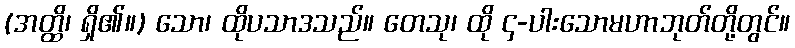
(အတ္ထိ၊ ရှိ၏။) သော၊ ထိုပသာဒသည်။ တေသု၊ ထို ၄-ပါးသောမဟာဘုတ်တို့တွင်။